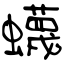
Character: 蠛